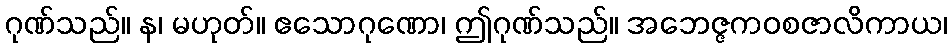
ဂုဏ်သည်။ န၊ မဟုတ်။ ဧသောဂုဏော၊ ဤဂုဏ်သည်။ အဘေဇ္ဇကဝစဇာလိကာယ၊